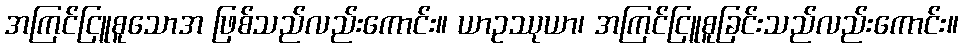
အကြင်ငြူစူသောအ ဖြစ်သည်လည်းကောင်း။ ယာဥဿုယာ၊ အကြင်ငြူစူခြင်းသည်လည်းကောင်း။